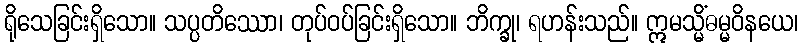
ရိုသေခြင်းရှိသော။ သပ္ပတိဿော၊ တုပ်ဝပ်ခြင်းရှိသော။ ဘိက္ခု၊ ရဟန်းသည်။ ဣမသ္မိံဓမ္မဝိနယေ၊